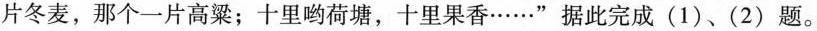
片冬麦，那个一片高粱；十里哟荷塘，十里果香……”据此完成(1)、(2)题。